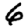
Digit: 6